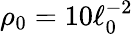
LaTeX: \rho_{0}=10\ell_{0}^{-2}